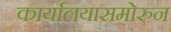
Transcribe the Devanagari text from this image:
कार्यालयासमोरुन